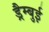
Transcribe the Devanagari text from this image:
ड्रैम्बुई